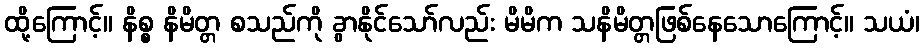
ထို့ကြောင့်။ နိစ္စ နိမိတ္တ စသည်ကို ခွာနိုင်သော်လည်း မိမိက သနိမိတ္တဖြစ်နေသောကြောင့်။ သယံ၊